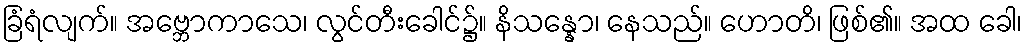
ခြံရံလျက်။ အဗ္ဘောကာသေ၊ လွင်တီးခေါင်၌။ နိသန္နော၊ နေသည်။ ဟောတိ၊ ဖြစ်၏။ အထ ခေါ၊